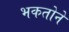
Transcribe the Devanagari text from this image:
भकतोने